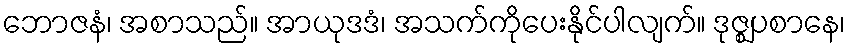
ဘောဇနံ၊ အစာသည်။ အာယုဒဒံ၊ အသက်ကိုပေးနိုင်ပါလျက်။ ဒုဇ္ဈပစာနေ၊